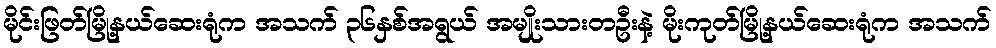
မိုင်းဖြတ်မြို့နယ်ဆေးရုံက အသက် ၃၆နှစ်အရွယ် အမျိုးသားတဦးနဲ့ မိုးကုတ်မြို့နယ်ဆေးရုံက အသက်